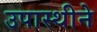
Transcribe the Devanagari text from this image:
उपास्थीने